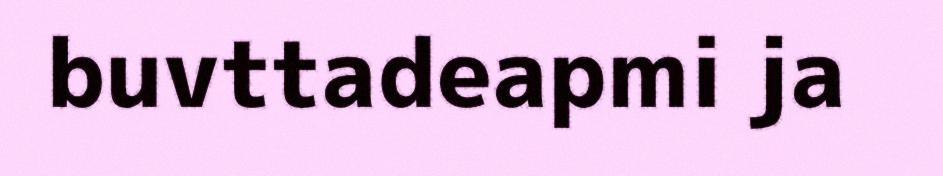
buvttadeapmi ja